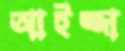
আইজ্জা